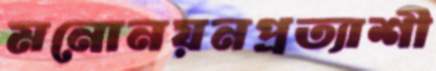
মনোনয়নপ্রত্যাশী